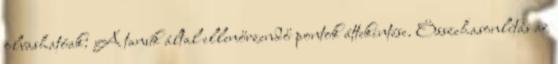
olvashatóak: A tanúk által ellenőrzendő pontok áttekintése. Összehasonlítás az